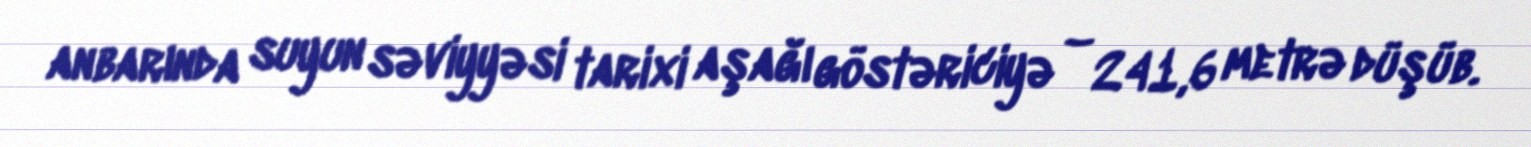
anbarında suyun səviyyəsi tarixi aşağı göstəriciyə – 241,6 metrə düşüb.